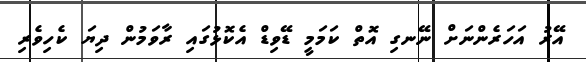
އޭރު އަހަރެންނަށް ނޭނގި އޮތް ކަމަމީ ޑޭވިޑް އެކޮޅުގައި ރާވަމުން ދިޔަ ކެހިވެރި